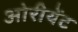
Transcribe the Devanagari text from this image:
ओरीयेंट